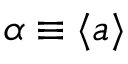
\alpha \equiv \langle a \rangle